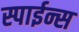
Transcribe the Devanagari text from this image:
स्पाईन्स